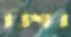
বিশ্বব